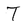
Character: T